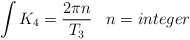
\begin{align*}\int K_4={2\pi n\over T_3}\,\,\,\,\,n=integer \end{align*}